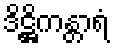
ဒိဋ္ဌိကန္တာရံ